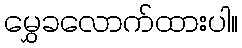
မွှေခလောက်ထားပါ။